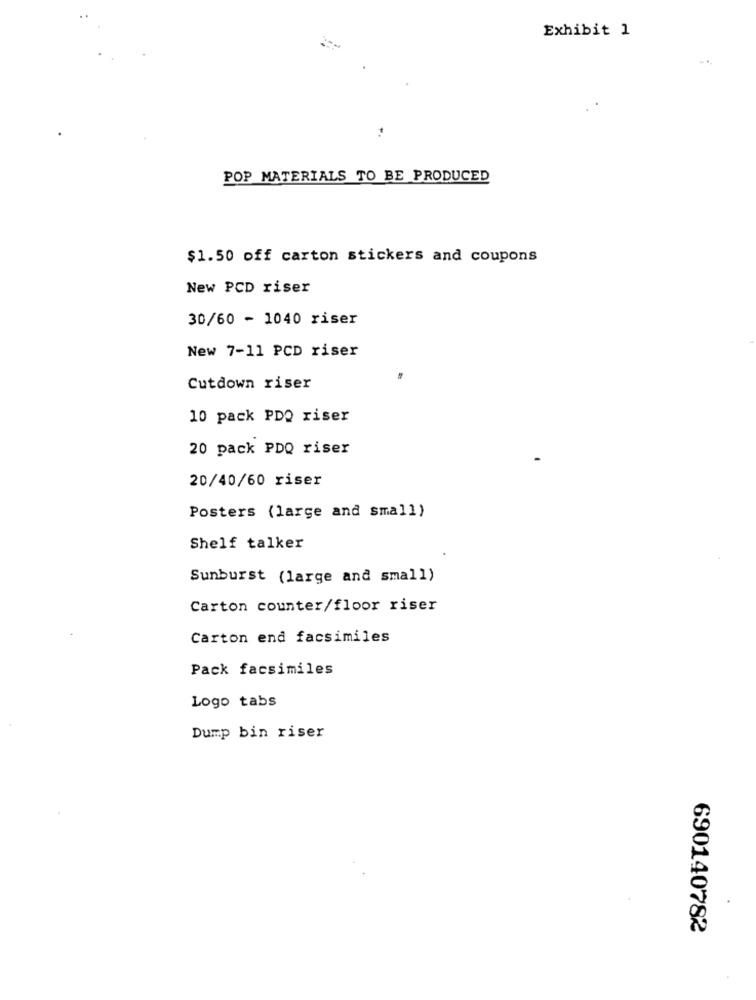
Exhibit 1
POP MATERIALS TO BE PRODUCED
$1.50 off carton stickers and coupons
New PCD riser
30/60 - 1040 riser
New 7-11 PCD riser
Cutdown riser
10 pack PDQ riser
20 pack PDQ riser
20/40/60 riser
Posters (large and small)
Shelf talker
Sunburst (large and small)
Carton counter/floor riser
Carton end facsimiles
Pack facsimiles
Logo tabs
Dump bin riser
690140782